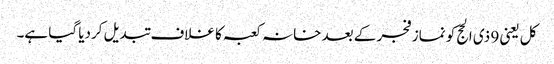
کل یعنی 9 ذی الحج کو نماز فجر کے بعد خانہ کعبہ کا غلاف تبدیل کردیا گیا ہے۔